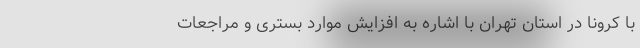
با کرونا در استان تهران با اشاره به افزایش موارد بستری و مراجعات